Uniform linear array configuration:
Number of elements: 4
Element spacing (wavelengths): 0.5
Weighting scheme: uniform
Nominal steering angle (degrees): -60
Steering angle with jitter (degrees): -60.488
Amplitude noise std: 0.05
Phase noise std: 0.05

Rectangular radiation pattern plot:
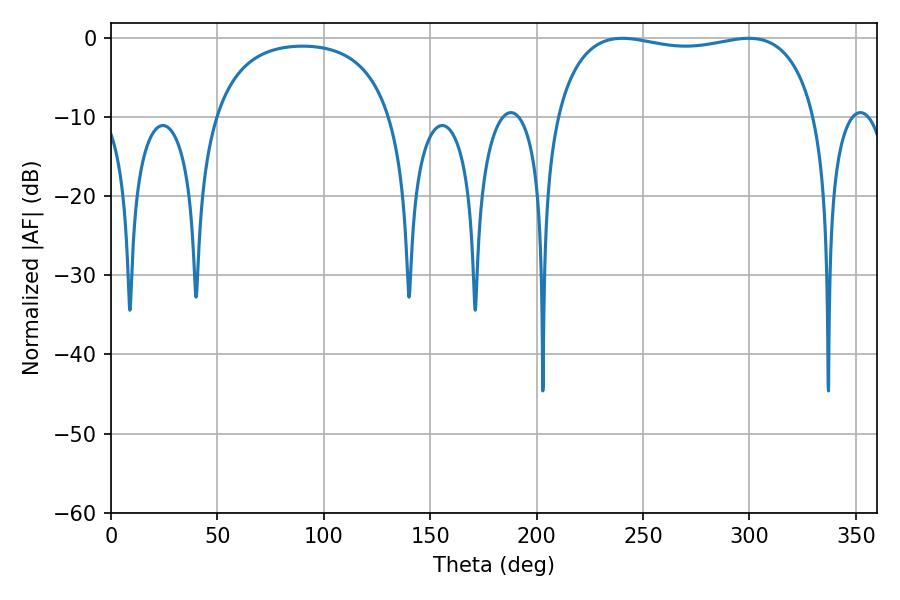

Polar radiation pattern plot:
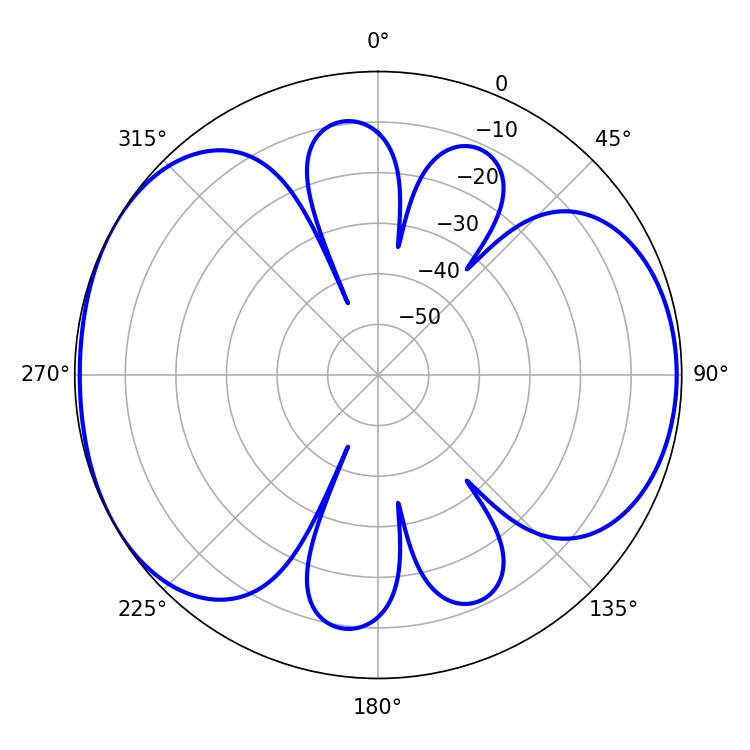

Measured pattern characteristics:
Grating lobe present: FALSE
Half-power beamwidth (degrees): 99.36
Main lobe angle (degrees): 240.3